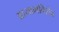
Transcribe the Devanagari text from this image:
आयामविशेष